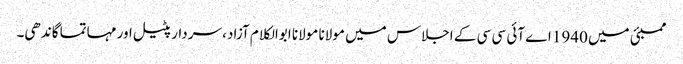
ممبئی میں 1940 اے آئی سی سی کے اجلاس میں مولانا مولانا ابوالکلام آزاد، سردارپٹیل اور مہاتما گاندھی۔